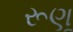
રૂણૂ